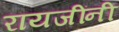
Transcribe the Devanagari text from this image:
रायजींनी